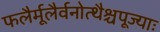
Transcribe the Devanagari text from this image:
फलैर्मूलैर्वनोत्थैश्चपूज्याः